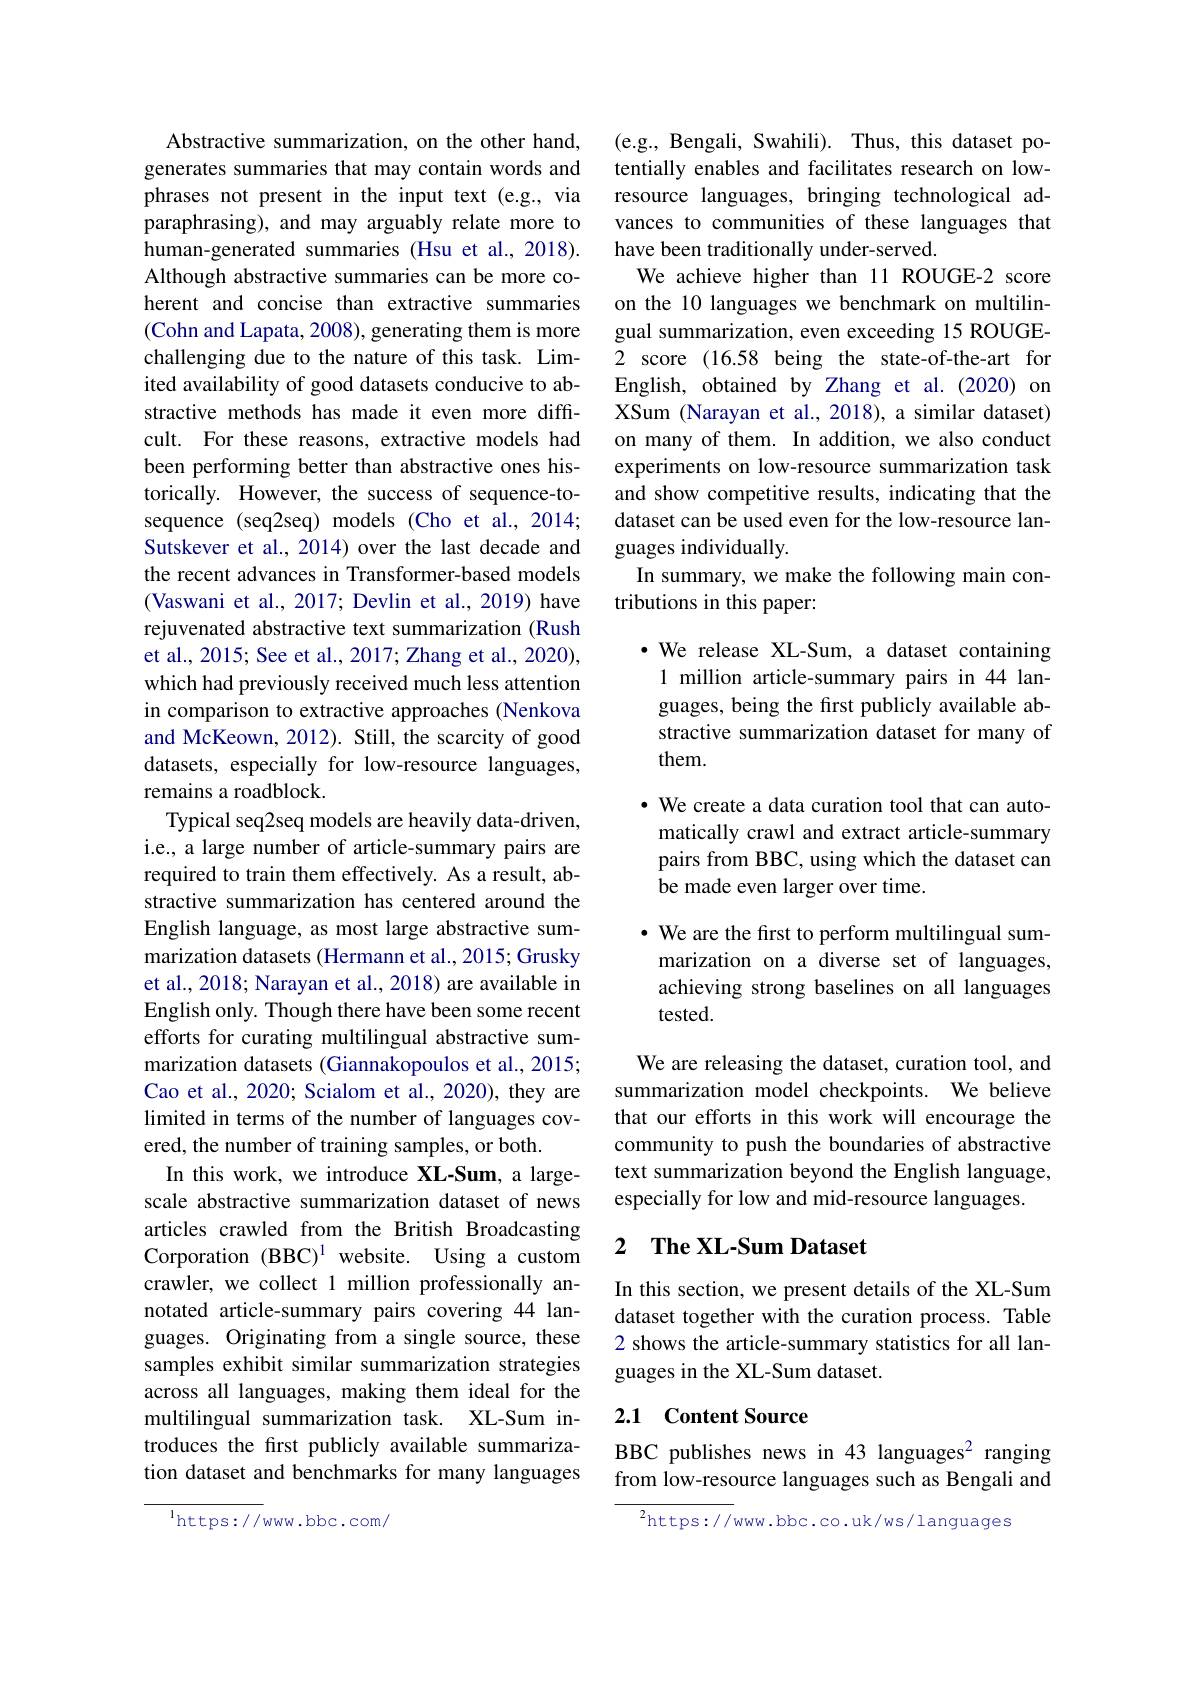
Abstractive summarization, on the other hand, generates summaries that may contain words and phrases not present in the input text (e.g., via paraphrasing), and may arguably relate more to human-generated summaries (Hsu et al., 2018). Although abstractive summaries can be more coherent and concise than extractive summaries (Cohn and Lapata, 2008), generating them is more challenging due to the nature of this task. Limited availability of good datasets conducive to abstractive methods has made it even more difficult. For these reasons, extractive models had been performing better than abstractive ones historically. However, the success of sequence-tosequence (seq2seq) models (Cho et al., 2014; Sutskever et al., 2014) over the last decade and the recent advances in Transformer-based models (Vaswani et al., 2017; Devlin et al., 2019) have rejuvenated abstractive text summarization (Rush et al., 2015; See et al., 2017; Zhang et al., 2020), which had previously received much less attention in comparison to extractive approaches (Nenkova and McKeown, 2012). Still, the scarcity of good datasets, especially for low-resource languages, remains a roadblock.
Typical seq2seq models are heavily data-driven, i.e., a large number of article-summary pairs are required to train them effectively. As a result, abstractive summarization has centered around the English language, as most large abstractive summarization datasets (Hermann et al.,2015; Grusky et al., 2018; Narayan et al., 2018) are available in English only. Though there have been some recent efforts for curating multilingual abstractive summarization datasets (Giannakopoulos et al., 2015; Cao et al., 2020; Scialom et al., 2020), they are limited in terms of the number of languages covered, the number of training samples, or both.
In this work, we introduce XL-Sum, a largescale abstractive summarization dataset of news articles crawled from the British Broadcasting Corporation (BBC)$^{1}$ website. Using a custom crawler, we collect 1 million professionally annotated article-summary pairs covering 44 languages. Originating from a single source, these samples exhibit similar summarization strategies across all languages, making them ideal for the multilingual summarization task. XL-Sum introduces the frst publicly available summarization dataset and benchmarks for many languages

$^{1}$https://www.bbc.com/

(e.g., Bengali, Swahili). Thus, this dataset potentially enables and facilitates research on lowresource languages, bringing technological advances to communities of these languages that have been traditionally under-served.
We achieve higher than 11 ROUGE-2 score on the 10 languages we benchmark on multilingual summarization, even exceeding 15 ROUGE- 2 score (16.58 being the state-of-the-art for English, obtained by Zhang et al.(2020) on XSum (Narayan et al., 2018), a similar dataset) on many of them. In addition, we also conduct experiments on low-resource summarization task and show competitive results, indicating that the dataset can be used even for the low-resource languages individually.
In summary, we make the following main con-
tributions in this paper:

·We release XL-Sum, a dataset containing 1 million article-summary pairs in 44 languages, being the first publicly available abstractive summarization dataset for many of them.
· We create a data curation tool that can automatically crawl and extract article-summary pairs from BBC, using which the dataset can be made even larger over time.
· We are the first to perform multilingual summarization on a diverse set of languages, achieving strong baselines on all languages tested.
We are releasing the dataset, curation tool, and summarization model checkpoints. We believe that our efforts in this work will encourage the community to push the boundaries of abstractive text summarization beyond the English language, especially for low and mid-resource languages.
2 $\textbf{The XL- Sum Dataset}$

In this section, we present details of the XL-Sum dataset together with the curation process. Table 2 shows the article-summary statistics for all languages in the XL-Sum dataset.

### 2.1 Content Source

BBC publishes news in 43 languages$^{2}$ ranging from low-resource languages such as Bengali and

$^{2}$https://www.bbc.co.uk/ws/languages